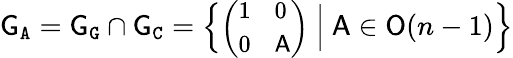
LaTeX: {\mathsf{G}}_{\mathtt{A}}={\mathsf{G}}_{\mathtt{G}}\cap{\mathsf{G}}_{\mathtt{C}}=\Big\{ {\small\bigg(\begin{array}{ll}{1}&{0}\\ {0}&{{\mathsf{A}}}\end{array}\bigg)}\normalsize\ \Big|\ {\mathsf{A}}\in{\mathsf{O}}(n-1)\Big\}